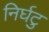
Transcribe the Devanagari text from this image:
निर्घटु